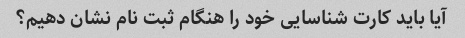
آیا باید کارت شناسایی خود را هنگام ثبت نام نشان دهیم؟